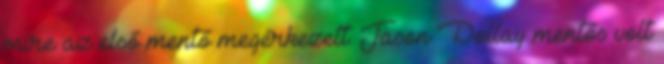
mire az első mentő megérkezett. Jason Dollay mentős volt